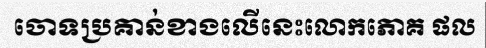
ចោទប្រគាន់ខាងលើនេះលោកភោគ ផល